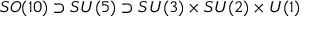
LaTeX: S O ( 1 0 ) \supset S U ( 5 ) \supset S U ( 3 ) \times S U ( 2 ) \times U ( 1 )